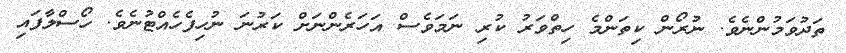
ތަދުވަމުންނެވެ. ނުރޯން ކިތަންމެ ހިތްވަރު ކުރި ނަމަވެސް އަހަރެންނަށް ކަރުނަ ނުހިފެހެއްޓުނެވެ. ހޯސްލާފައި